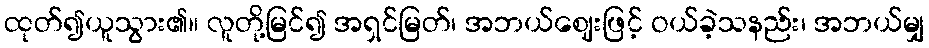
ထုတ်၍ယူသွား၏။ လူတို့မြင်၍ အရှင်မြတ်၊ အဘယ်ဈေးဖြင့် ဝယ်ခဲ့သနည်း၊ အဘယ်မျှ